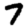
Digit: 7